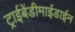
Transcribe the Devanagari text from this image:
ट्राईबेंडीमाईडाईन